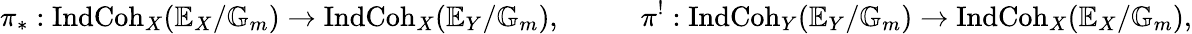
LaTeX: \pi_{*}:\operatorname{IndCoh}_{X}(\mathbb{E}_{X}/\mathbb{G}_{m})\rightarrow\operatorname{IndCoh}_{X}(\mathbb{E}_{Y}/\mathbb{G}_{m}),\; \; \; \; \; \; \; \; \; \; \pi^{!}:\operatorname{IndCoh}_{Y}(\mathbb{E}_{Y}/\mathbb{G}_{m})\rightarrow\operatorname{IndCoh}_{X}(\mathbb{E}_{X}/\mathbb{G}_{m}),